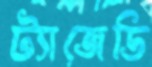
ট্যাজেডি